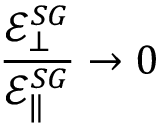
\frac { \mathcal { E } _ { \bot } ^ { S G } } { \mathcal { E } _ { \| } ^ { S G } } \rightarrow 0